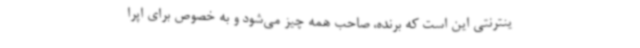
ینترنتی این است که برنده، صاحب همه چیز می‌شود و به خصوص برای اپرا